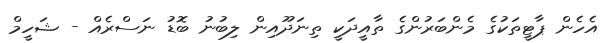
އެހެން ޕާޓީތަކުގެ މެންބަރުންގެ ތާއީދަކީ ތިނަދޫއިން ލިބުނު ބޮޑު ނަސްރެއް - ޝަހީމް